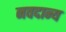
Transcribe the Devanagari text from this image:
नवदान्य